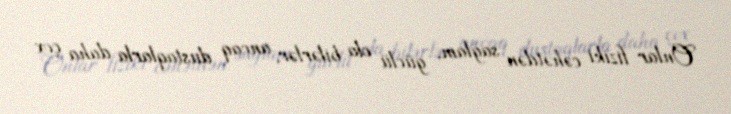
Onlar fiziki cəhətdən sağlam, güclü ola bilərlər, ancaq dustaqlarla daha çox